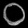
Digit: ၀